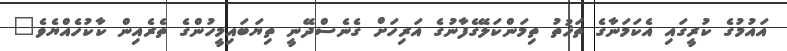
އައުމުގެ ކުރީގައި އެކަމަނާގެ ތަޚުތު ތިމަންކަލޭގެފާނުގެ އަރިހަށް ގެނެސްދޭނީ ތިޔަބައިމީހުންގެ ތެރެއިން ކާކުހެއްޔެވެ"